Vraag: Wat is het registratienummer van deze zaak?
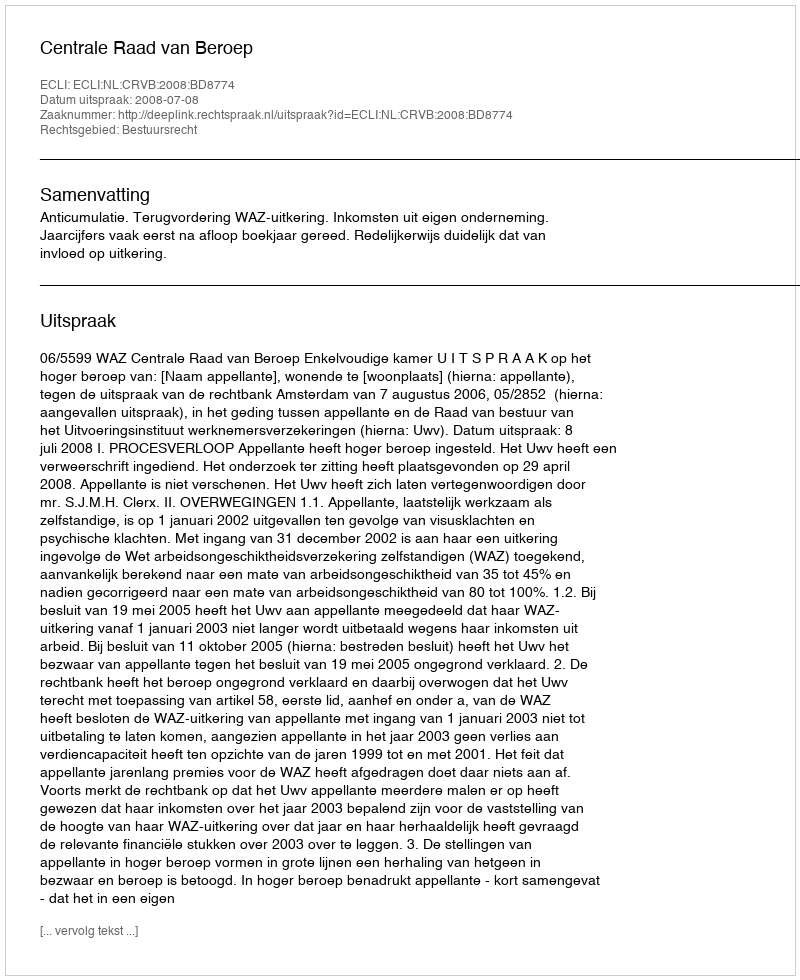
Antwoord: http://deeplink.rechtspraak.nl/uitspraak?id=ECLI:NL:CRVB:2008:BD8774